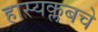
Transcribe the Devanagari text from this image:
हास्यक्लबचे